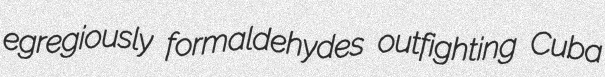
egregiously formaldehydes outfighting Cuba